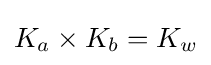
K_{a}\times K_{b}=K_{w}